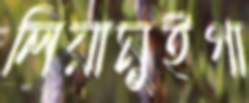
লিয়ামুইগা